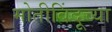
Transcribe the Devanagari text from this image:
मोतीबिंदूच्या